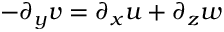
- \partial _ { y } v = \partial _ { x } u + \partial _ { z } w